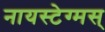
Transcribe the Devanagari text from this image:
नायस्‍टेग्‍मस्